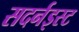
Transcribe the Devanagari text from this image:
सदर्नइस्ट